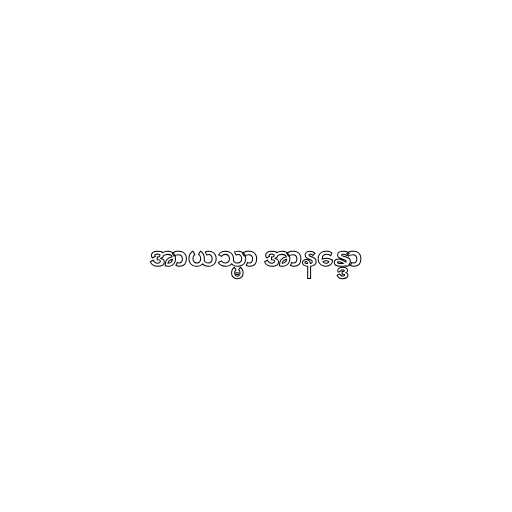
အာယသ္မာ အာနန္ဒော